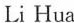
Li Hua